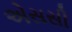
એસસી